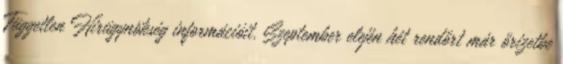
Független Hírügynökség információit. Szeptember elején hét rendőrt már őrizetbe